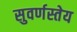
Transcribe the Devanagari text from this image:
सुवर्णस्तेय